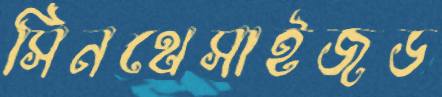
সিনথেসাইজড